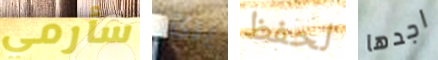
سأرمي برئ لحفظ اجدها